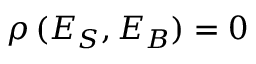
\rho \, ( E _ { S } , E _ { B } ) = 0